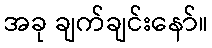
အခု ချက်ချင်းနော်။